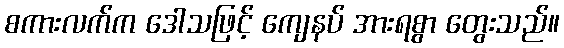
စကားလက်က ဒေါသဖြင့် ကျေနပ် အားရစွာ တွေးသည်။